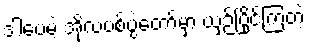
ဒါပေမဲ့ အိုလံပစ်ပွဲတော်မှာ ယှဉ်ပြိုင်ကြတဲ့